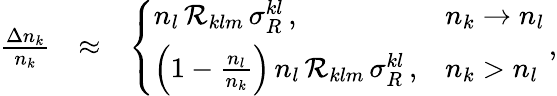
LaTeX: \begin{array}{rlr}{\frac{\Delta n_{k}}{n_{k}}}&{\approx}&{\left\{ \begin{array}{ll}{n_{l}\, {\cal R}_{klm}\, \sigma_{R}^{kl}\, ,}&{n_{k}\rightarrow n_{l}}\\ {\left(1-\frac{n_{l}}{n_{k}}\right)\, n_{l}\, {\cal R}_{klm}\, \sigma_{R}^{kl}\, ,}&{n_{k}>n_{l}}\end{array}\right.\, ,}\end{array}